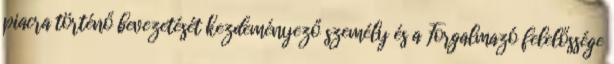
piacra történő bevezetését kezdeményező személy és a Forgalmazó felelőssége